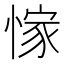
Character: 𢜿